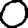
Digit: 0